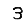
Digit: 3